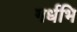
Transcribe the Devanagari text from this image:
गर्धभि